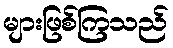
များဖြစ်ကြသည်